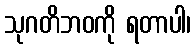
သုဂတိဘဝကို ရတာပါ၊